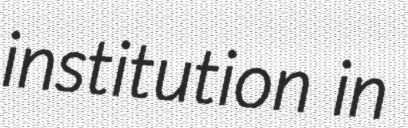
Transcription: institution in